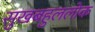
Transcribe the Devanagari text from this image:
सुखबहुललोक